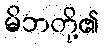
မိဘတို့၏